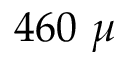
4 6 0 ~ \mu